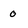
Character: 0